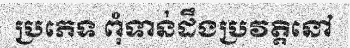
ប្រភេទ ពុំទាន់ដឹងប្រវត្តិនៅ